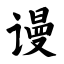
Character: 谩